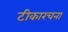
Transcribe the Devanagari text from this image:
टीकारचना